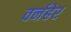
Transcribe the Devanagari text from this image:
वर्नहेर